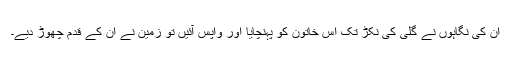
ان کی نگاہوں نے گلی کی نکڑ تک اس خاتون کو پہنچایا اور واپس آئیں تو زمین نے ان کے قدم چھوڑ دیے۔